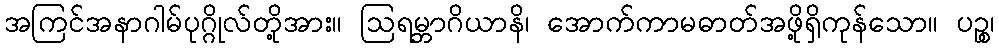
အကြင်အနာဂါမ်ပုဂ္ဂိုလ်တို့အား။ ဩရမ္ဘာဂိယာနိ၊ အောက်ကာမဓာတ်အဖို့ရှိကုန်သော။ ပဉ္စ၊